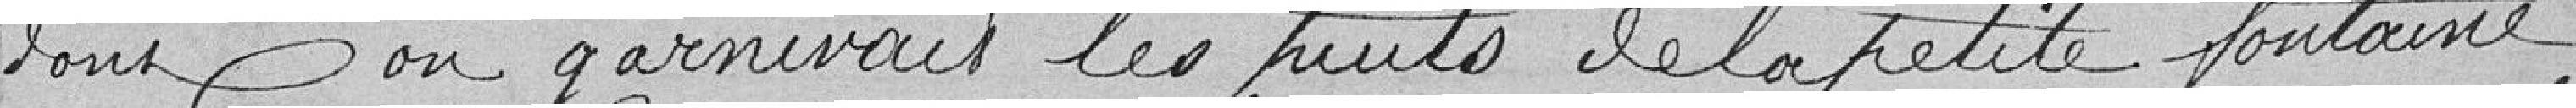
dont on garnirait les puits de la petit fontaine